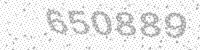
Solution: 650889